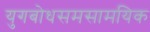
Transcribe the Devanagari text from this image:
युगबोधसमसामयिक